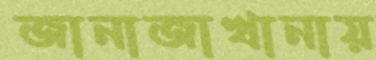
জানাজাখানায়